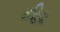
મહિડા